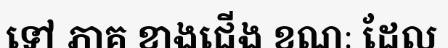
ទៅ ភាគ ខាងជើង ខណៈ ដែល